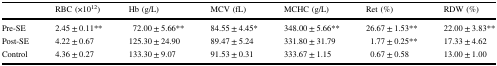
<table><thead><tr><td></td><td><b>RBC (×10<sup>12</sup>)</b></td><td><b>Hb (g/L)</b></td><td><b>MCV (fL)</b></td><td><b>MCHC (g/L)</b></td><td><b>Ret (%)</b></td><td><b>RDW (%)</b></td></tr></thead><tbody><tr><td>Pre-SE</td><td>2.45 ± 0.11**</td><td>72.00 ± 5.66**</td><td>84.55 ± 4.45*</td><td>348.00 ± 5.66**</td><td>26.67 ± 1.53**</td><td>22.00 ± 3.83**</td></tr><tr><td>Post-SE</td><td>4.22 ± 0.67</td><td>125.30 ± 24.90</td><td>89.47 ± 5.24</td><td>331.80 ± 31.79</td><td>1.77 ± 0.25**</td><td>17.33 ± 4.62</td></tr><tr><td>Control</td><td>4.36 ± 0.27</td><td>133.30 ± 9.07</td><td>91.53 ± 0.31</td><td>333.67 ± 1.15</td><td>0.67 ± 0.58</td><td>13.00 ± 1.00</td></tr></tbody></table>